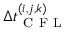
\Delta t _ { \mathrm { ~ C ~ F ~ L ~ } } ^ { ( i , j , k ) }